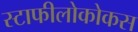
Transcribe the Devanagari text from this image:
स्टाफीलोकोकस